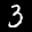
Label: 3